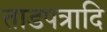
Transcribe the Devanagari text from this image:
ताडपत्रादि